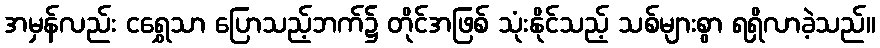
အမှန်လည်း ငရွှေသာ ပြောသည့်ဘက်၌ တိုင်အဖြစ် သုံးနိုင်သည့် သစ်များစွာ ရရှိလာခဲ့သည်။